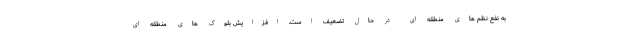
به نفع نظم های منطقه ای در حال تضعیف است. افزایش بلوک های منطقه ای